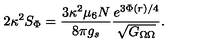
2 \kappa ^ { 2 } S _ { \Phi } = { \frac { 3 \kappa ^ { 2 } \mu _ { 6 } N } { 8 \pi g _ { s } } } { \frac { e ^ { 3 \Phi ( r ) / 4 } } { \sqrt { G _ { \Omega \Omega } } } } .